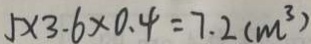
5 \times 3 . 6 \times 0 . 4 = 7 . 2 ( m ^ { 3 } )